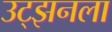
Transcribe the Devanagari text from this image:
उट्झनला